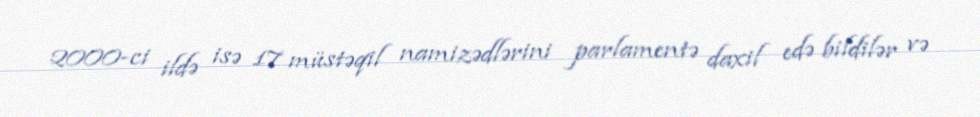
2000-ci ildə isə 17 müstəqil namizədlərini parlamentə daxil edə bildilər və